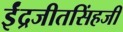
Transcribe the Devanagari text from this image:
ईंद्रजीतसिंहजी